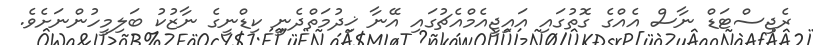
ރެޖިސްޓަޑް ނާސް އެއްގެ ގޮތުގައި އައިޖީއެމްއެޗުގައި އޭނާ ޚިދުމަތްދެނީ ކިޑްނީގެ ނާޒުކު ބަލިމީހުންނަށެވެ.